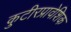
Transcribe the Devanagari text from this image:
कुटीरप्रावेशिक